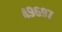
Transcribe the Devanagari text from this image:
४९६९७